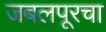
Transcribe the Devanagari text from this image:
जबलपूरचा